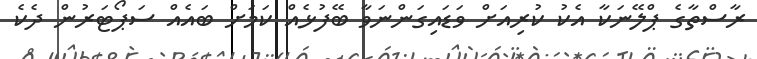
ރާސްތާގެ ޕްލޭނަކާ އެކު ކުރިއަށް ވަޑައިގަންނަވާ ބޭފުޅެއް ކަމަށް ބައެއް ސަޕޯޓަރުން ދެކެ